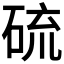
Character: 硫